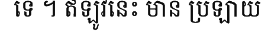
ទេ ។ ឥឡូវនេះ មាន ប្រឡាយ